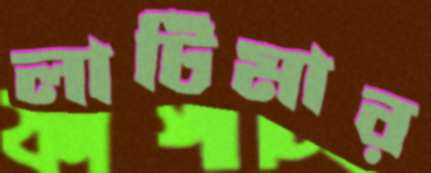
লাটিমার